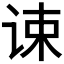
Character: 𬣷